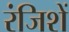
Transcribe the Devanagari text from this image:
रंजिशें